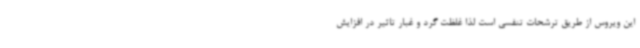
این ویروس از طریق ترشحات تنفسی است لذا غلظت گرد و غبار تاثیر در افزایش